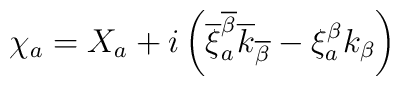
\chi_a = X_a +i\left( \overline{\xi}^{\overline{\beta}}_a\overline{k}_{\overline{\beta}}-\xi^{\beta}_a k_\beta \right)